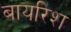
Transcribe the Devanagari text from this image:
बायरिश